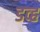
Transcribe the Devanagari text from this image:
डव्ह